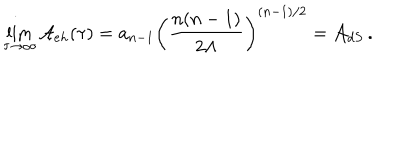
LaTeX: \lim _ { \tau \rightarrow \infty } { \cal A } _ { e h } ( \tau ) = a _ { n - 1 } \left( { \frac { n ( n - 1 ) } { 2 \Lambda } } \right) ^ { ( n - 1 ) / 2 } = { \cal A } _ { d S } \, .